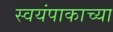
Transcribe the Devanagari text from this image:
स्वयंपाकाच्या